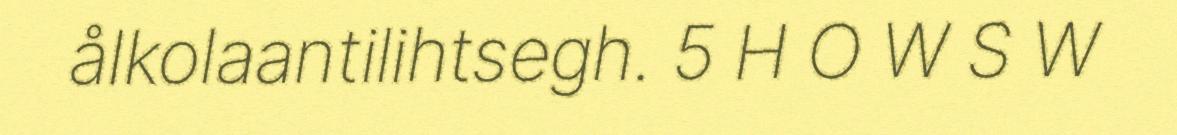
ålkolaantilihtsegh. 5 H O W S W